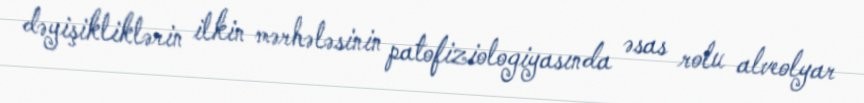
dəyişikliklərin ilkin mərhələsinin patofiziologiyasında əsas rolu alveolyar